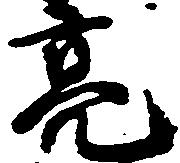
亮